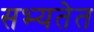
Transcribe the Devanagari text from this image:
सभ्यतेत